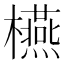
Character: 𣟛